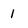
Character: 1